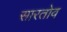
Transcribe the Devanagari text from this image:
सारतोव